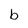
Character: b